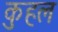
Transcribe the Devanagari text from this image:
कुहल